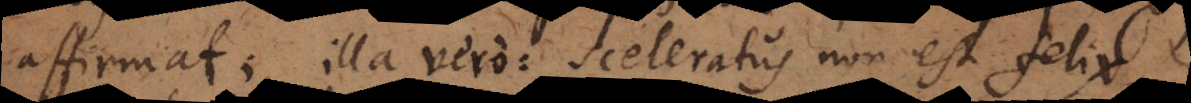
affirmat; illa vero: sceleratus non est felix,